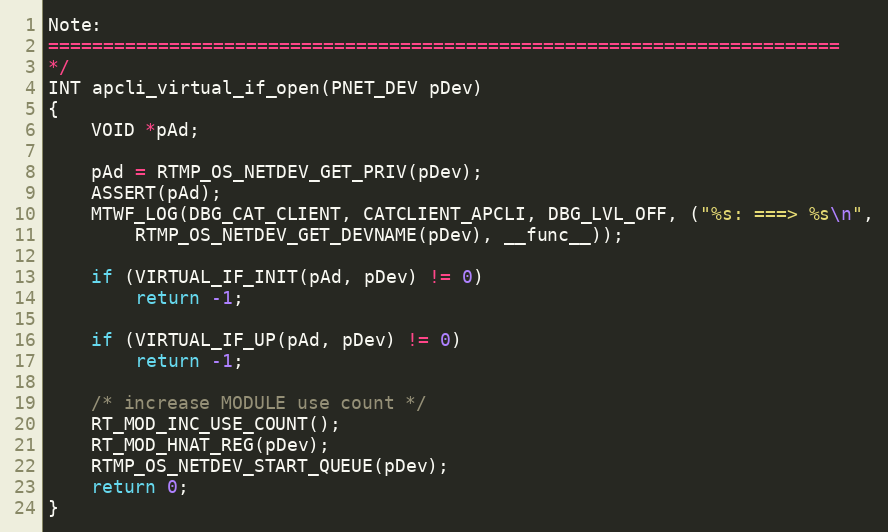
Language: C
Note:
========================================================================
*/
INT apcli_virtual_if_open(PNET_DEV pDev)
{
	VOID *pAd;

	pAd = RTMP_OS_NETDEV_GET_PRIV(pDev);
	ASSERT(pAd);
	MTWF_LOG(DBG_CAT_CLIENT, CATCLIENT_APCLI, DBG_LVL_OFF, ("%s: ===> %s\n",
		RTMP_OS_NETDEV_GET_DEVNAME(pDev), __func__));

	if (VIRTUAL_IF_INIT(pAd, pDev) != 0)
		return -1;

	if (VIRTUAL_IF_UP(pAd, pDev) != 0)
		return -1;

	/* increase MODULE use count */
	RT_MOD_INC_USE_COUNT();
	RT_MOD_HNAT_REG(pDev);
	RTMP_OS_NETDEV_START_QUEUE(pDev);
	return 0;
}